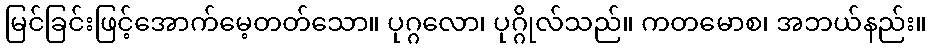
မြင်ခြင်းဖြင့်အောက်မေ့တတ်သော။ ပုဂ္ဂလော၊ ပုဂ္ဂိုလ်သည်။ ကတမောစ၊ အဘယ်နည်း။